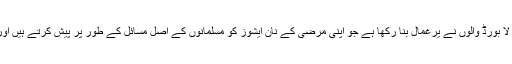
ہندوستان میں پوری مسلمان آبادی کو پرسنل لا بورڈ والوں نے یرغمال بنا رکھا ہے جو اپنی مرضی کے نان ایشوز کو مسلمانوں کے اصل مسائل کے طور پر پیش کرتے ہیں اور کسی کو انھیں ٹوکنے کا حوصلہ نہیں ہوتا۔